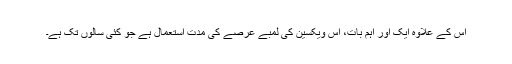
اس کے علاوہ ایک اور اہم بات، اس ویکسین کی لمبے عرصے کی مدت استعمال ہے جو کئی سالوں تک ہے۔